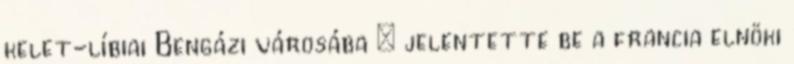
kelet-líbiai Bengázi városába – jelentette be a francia elnöki